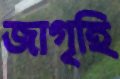
জাগৃহি